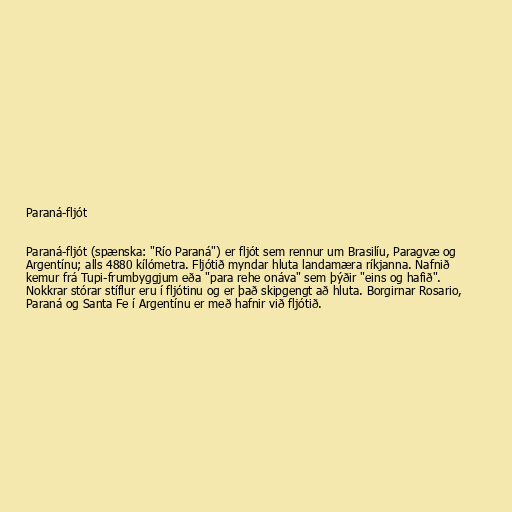
Paraná-fljót

Paraná-fljót (spænska: "Río Paraná") er fljót sem rennur um Brasilíu, Paragvæ og
Argentínu; alls 4880 kílómetra. Fljótið myndar hluta landamæra ríkjanna. Nafnið
kemur frá Tupi-frumbyggjum eða "para rehe onáva" sem þýðir "eins og hafið".
Nokkrar stórar stíflur eru í fljótinu og er það skipgengt að hluta. Borgirnar Rosario,
Paraná og Santa Fe í Argentínu er með hafnir við fljótið.